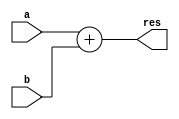
module adder #(parameter N=32)(input [N-1:0]a,input [N-1:0]b,output[N-1:0]res);
	assign res=a+b;
endmodule